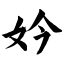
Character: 妗